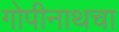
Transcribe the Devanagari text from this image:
गोपीनाथचा